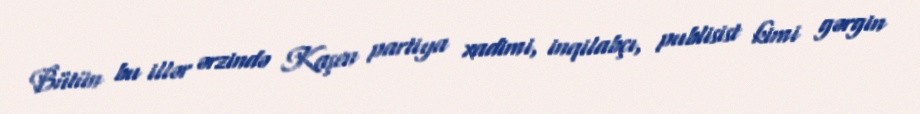
Bütün bu illər ərzində Kaşen partiya xadimi, inqilabçı, publisist kimi gərgin